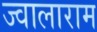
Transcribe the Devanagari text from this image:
ज्वालाराम